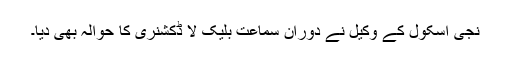
نجی اسکول کے وکیل نے دوران سماعت بلیک لا ڈکشنری کا حوالہ بھی دیا۔